Vaccination in the Punjab 1867-1880 - 1867-1880
Year: 1867
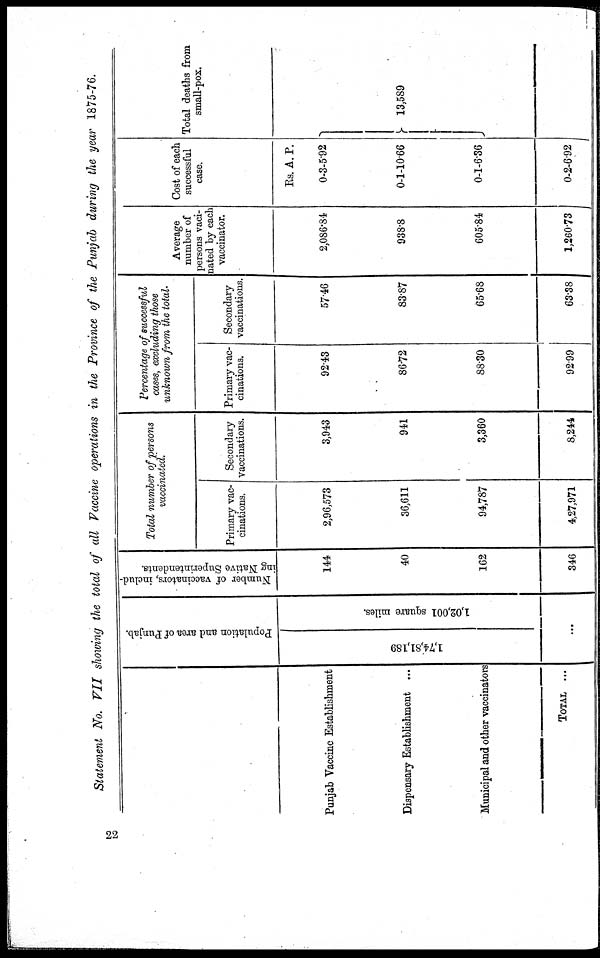
Statement No. VII showing the total of all Vaccine operations in the Province of the Punjab during the year 1875-76.
Punjab Vaccine Establishment
Dispensary Establishment ...
Municipal and other vaccinators
TOTAL ...
Population and area of Punjab.
1,74,81,189 1,02,001 square miles.
...
Number of vaccinators, includ-
ing Native Superintendents.
144
40
162
346
Total number of persons
vaccinated.
Primary vac¬
cinations.
2,96,573
36,611
94,787
4,27,971
Secondary
vaccinations.
3,943
941
3,360
8,244
Percentage of successful
cases, excluding those
unknown from the total.
Primary vac¬
cinations.
92.43
86.72
88.30
92.99
Secondary
vaccinations.
57.46
83.87
65.68
63.38
Average
number of
persons vaci¬
nated by each
vaccinator.
2,086.84
938.8
605.84
1,260.73
Cost of each
successful
case.
Rs
0
0
0
0
. A.
3
1
1
2
P.
5.92
10.66
6.36
6.92
Total deaths from
small-pox.
13,589
22